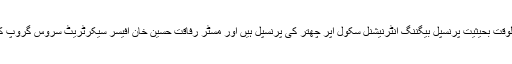
نادیہ حبیب خان فی الوقت بحیثیت پرنسپل بیگننگ انٹرنیشنل سکول اپر چھتر کی پرنسپل ہیں اور مسٹر رفاقت حسین خان آفیسر سیکرٹریٹ سروس گروپ کی شریک حیات ہیں۔